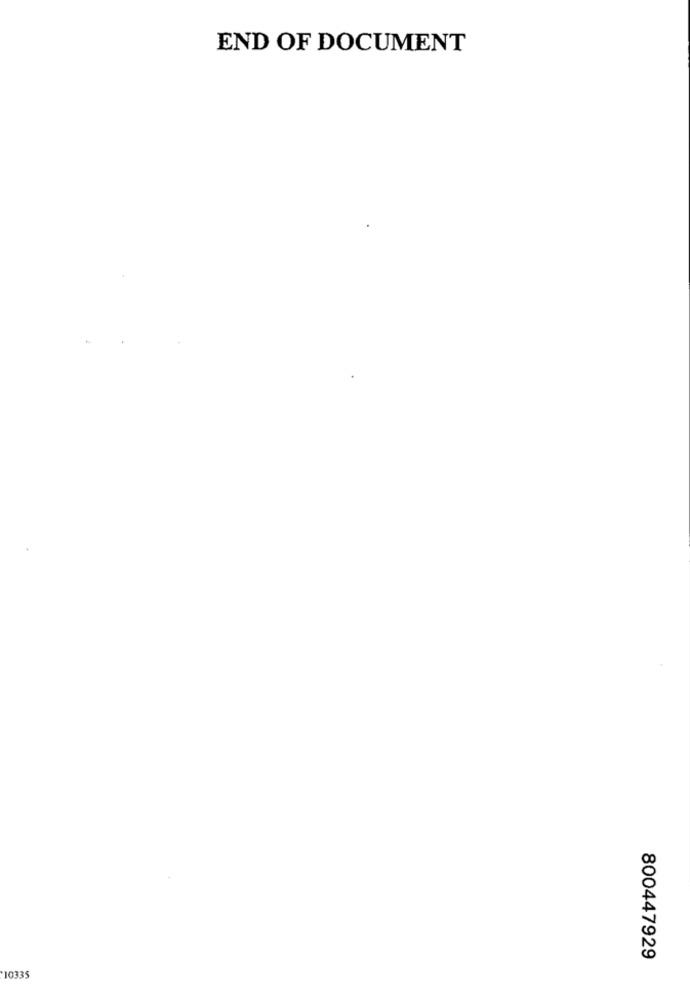
END OF DOCUMENT
800447929
*10335